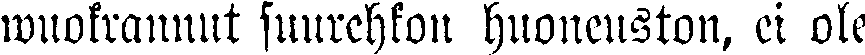
wuokrannut suurehkon huoneuston, ei ole